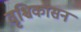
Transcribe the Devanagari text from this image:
वृश्चिकासन